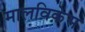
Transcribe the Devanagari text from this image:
मालविकेस